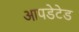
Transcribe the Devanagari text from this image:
आपडेटेड